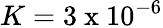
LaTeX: K=3\mathrm{~x~}10^{-6}